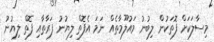
މިސާލަކަށް ފޮތަކުން ލިބުނު މައުލޫމާތެއް ނަމަ އެފޮތް ލިޔުނު ފަރާތާއި ފޮތް ލިޔުނު